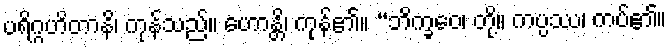
ပရိဂ္ဂဟိတာနိ၊ ကုန်သည်။ ဟောန္တိ၊ ကုန်၏။ “ဘိက္ခဝေ၊ တို့။ ကပ္ပဿ၊ ကပ်၏။